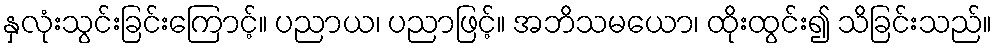
နှလုံးသွင်းခြင်းကြောင့်။ ပညာယ၊ ပညာဖြင့်။ အဘိသမယော၊ ထိုးထွင်း၍ သိခြင်းသည်။